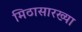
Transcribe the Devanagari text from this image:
मिठासारख्या